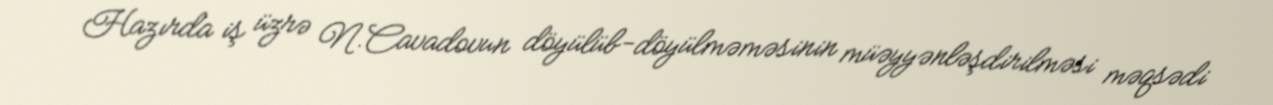
Hazırda iş üzrə N.Cavadovun döyülüb-döyülməməsinin müəyyənləşdirilməsi məqsədi